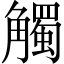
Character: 觸